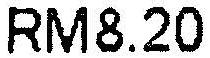
RM8.20